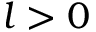
l > 0